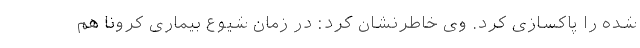
شده را پاکسازی کرد. وی خاطرنشان کرد: در زمان شیوع بیماری کرونا هم